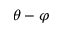
\theta - \varphi